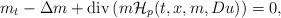
LaTeX: \begin{align*}m_{t}-\Delta m +\mathrm{div}\left(m\mathcal{H}_{p}(t,x,m,Du)\right)=0,\end{align*}